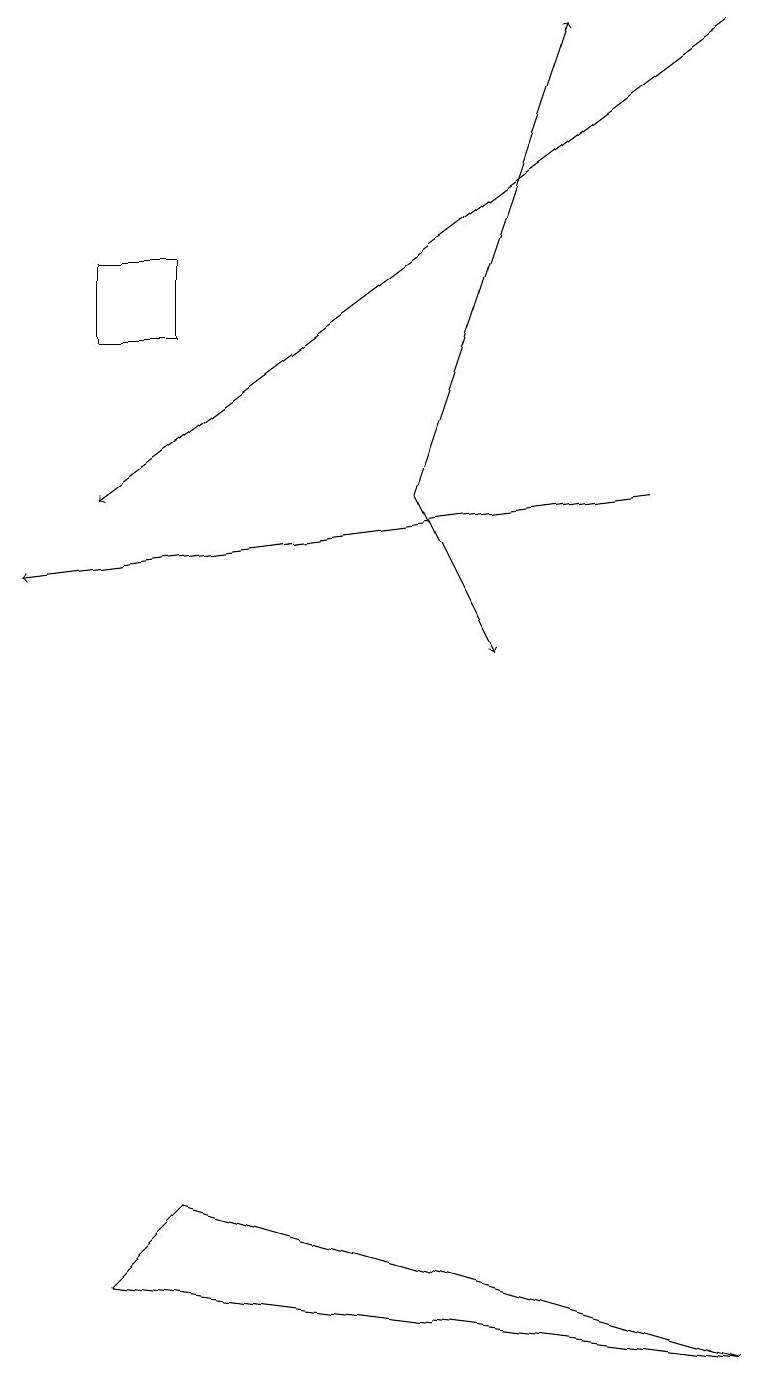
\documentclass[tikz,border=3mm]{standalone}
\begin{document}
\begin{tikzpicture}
\draw[->] (5,12) -- (7,18);
\draw[->] (9,18) -- (1,12);
\draw (2,3) -- (1,2) -- (9,1) -- cycle;
\draw[->] (8,12) -- (0,11);
\draw (1,15) rectangle (2,14);
\draw[->] (5,12) -- (6,10);
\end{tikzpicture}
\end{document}